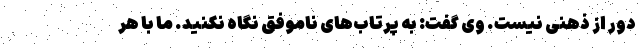
دور از ذهنی نیست. وی گفت: به پرتاب‌های ناموفق نگاه نکنید. ما با هر